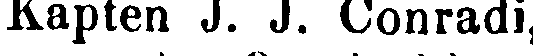
Kapten J. J. Conradi,